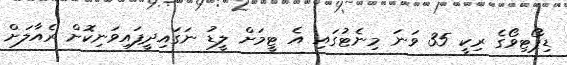
ޑިޕޯޓިވޯގެ ރިކީ 35 ވަނަ މިނެޓުގައި އެ ޓީމަށް ލީޑު ނަގައިދީފައިވަނިކޮށް ރެއާލަށް